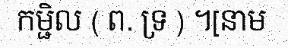
កម្ជិល ( ព. ទ្រ ) ។[នាម